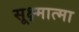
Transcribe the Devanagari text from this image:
सूक्ष्मात्मा